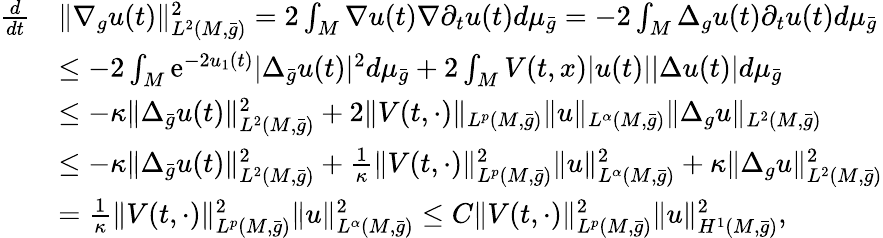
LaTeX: \begin{array}{rl}{\frac{d}{dt}}&{\| \nabla_{g}u(t)\| _{L^{2}(M,\bar{g})}^{2}=2\int_{M}\nabla u(t)\nabla\partial_{t}u(t)d\mu_{\bar{g}}=-2\int_{M}\Delta_{g}u(t)\partial_{t}u(t)d\mu_{\bar{g}}}\\ &{\le-2\int_{M}\mathrm{e}^{-2u_{1}(t)}|\Delta_{\bar{g}}u(t)|^{2}d\mu_{\bar{g}}+2\int_{M}V(t,x)|u(t)||\Delta u(t)|d\mu_{\bar{g}}}\\ &{\le-\kappa\| \Delta_{\bar{g}}u(t)\| _{L^{2}(M,\bar{g})}^{2}+2\| V(t,\cdot)\| _{L^{p}(M,\bar{g})}\| u\| _{L^{\alpha}(M,\bar{g})}\| \Delta_{g}u\| _{L^{2}(M,\bar{g})}}\\ &{\le-\kappa\| \Delta_{\bar{g}}u(t)\| _{L^{2}(M,\bar{g})}^{2}+\frac{1}{\kappa}\| V(t,\cdot)\| _{L^{p}(M,\bar{g})}^{2}\| u\| _{L^{\alpha}(M,\bar{g})}^{2}+\kappa\| \Delta_{g}u\| _{L^{2}(M,\bar{g})}^{2}}\\ &{=\frac{1}{\kappa}\| V(t,\cdot)\| _{L^{p}(M,\bar{g})}^{2}\| u\| _{L^{\alpha}(M,\bar{g})}^{2}\le C\| V(t,\cdot)\| _{L^{p}(M,\bar{g})}^{2}\| u\| _{H^{1}(M,\bar{g})}^{2},}\end{array}